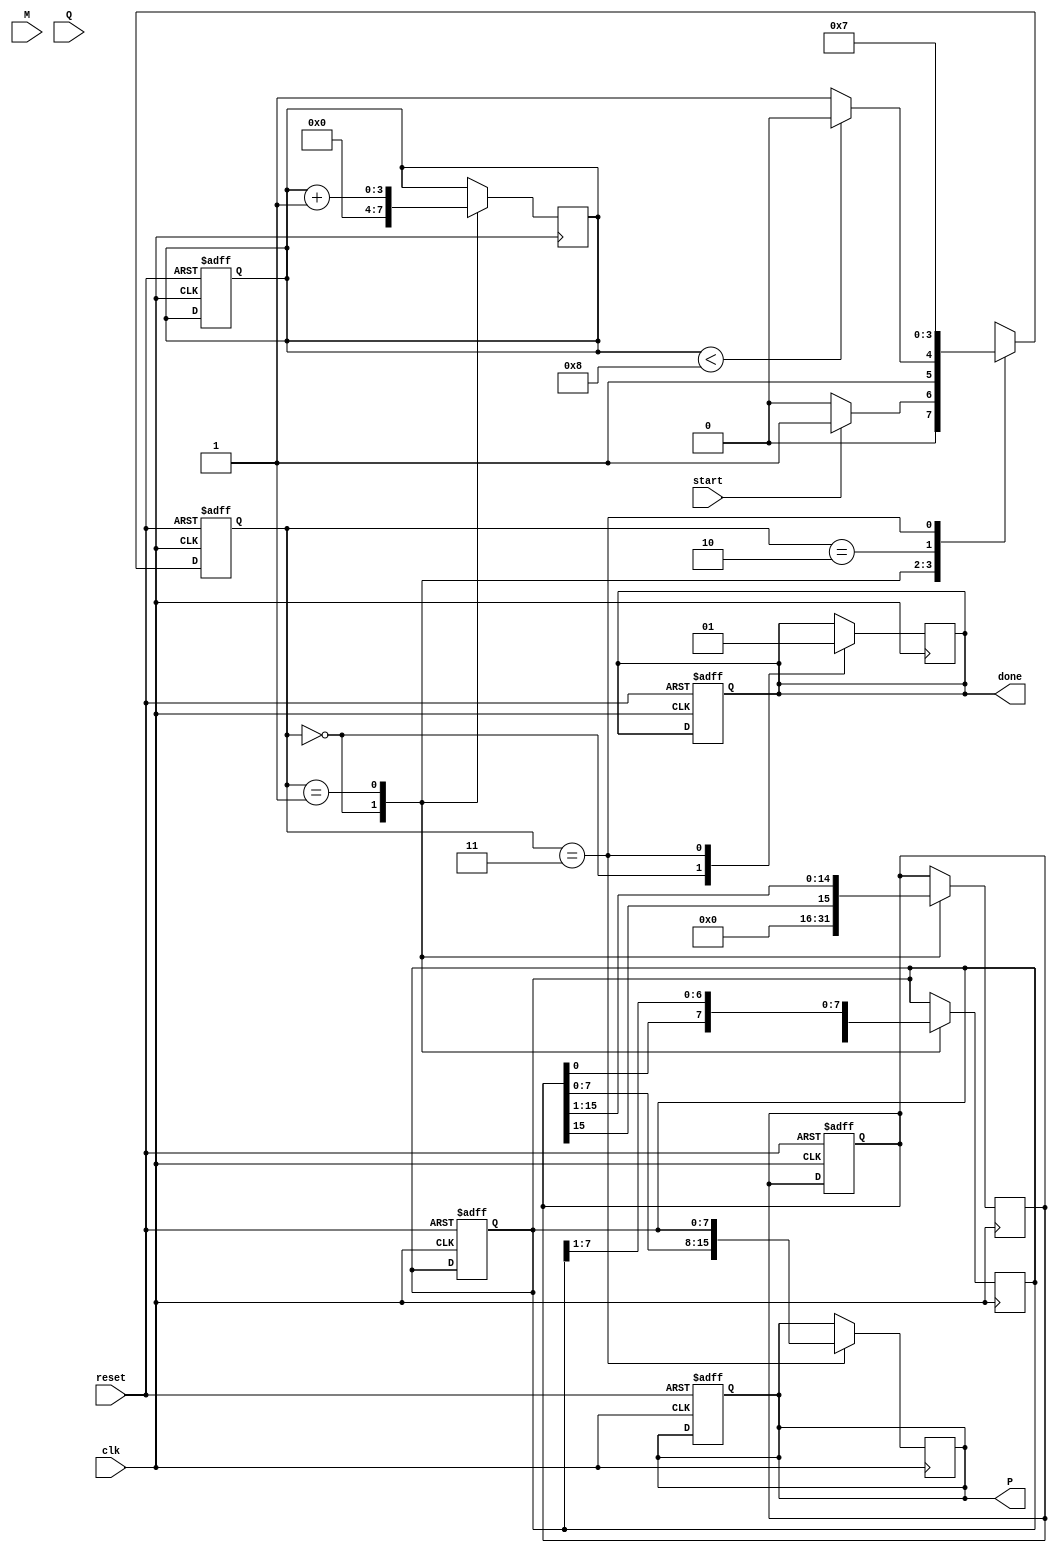
module booth_multiplier #(parameter N = 8) (
    input wire [N-1:0] M,        // Multiplicand
    input wire [N-1:0] Q,        // Multiplier
    input wire start,            // Start signal
    input wire clk,              // Clock signal
    input wire reset,            // Reset signal
    output reg [2*N-1:0] P,      // Product
    output reg done              // Done signal
);

    reg [N-1:0] Q_reg;           // Multiplier register
    reg [N-1:0] M_reg;           // Multiplicand register
    reg [2*N-1:0] A;             // Accumulator
    reg Q_1;                     // Previous bit of Q
    reg [3:0] count;             // Iteration counter

    // State definitions
    localparam IDLE = 2'b00,
               EXECUTE = 2'b01,
               SHIFT = 2'b10,
               DONE = 2'b11;

    reg [1:0] state, next_state;

    // State machine for control logic
    always @(posedge clk or posedge reset) begin
        if (reset) begin
            state <= IDLE;
            P <= 0;
            done <= 0;
            count <= 0;
            A <= 0;
            Q_reg <= 0;
            M_reg <= 0;
            Q_1 <= 0;
        end else begin
            state <= next_state;
        end
    end

    // Next state logic
    always @(*) begin
        case (state)
            IDLE: begin
                if (start) begin
                    next_state = EXECUTE;
                end else begin
                    next_state = IDLE;
                end
            end
            EXECUTE: begin
                if (count < N) begin
                    next_state = SHIFT;
                end else begin
                    next_state = DONE;
                end
            end
            SHIFT: begin
                next_state = EXECUTE;
            end
            DONE: begin
                next_state = DONE;
            end
            default: next_state = IDLE;
        endcase
    end

    // Main operation logic
    always @(posedge clk) begin
        case (state)
            IDLE: begin
                // Initialize registers
                A <= 0;
                Q_reg <= Q;
                M_reg <= M;
                Q_1 <= 0;
                count <= 0;
                done <= 0;
            end
            EXECUTE: begin
                // Perform Booth's algorithm
                case ({Q_reg[0], Q_1})
                    2'b01: A <= A + {M_reg, {N{1'b0}}}; // Add M to A
                    2'b10: A <= A - {M_reg, {N{1'b0}}}; // Subtract M from A
                    default: ; // No operation
                endcase
                Q_1 <= Q_reg[0]; // Update Q_1
                Q_reg <= {A[0], Q_reg[N-1:1]}; // Shift Q
                A <= {A[2*N-1], A[2*N-1:1]}; // Arithmetic shift A
                count <= count + 1; // Increment count
            end
            SHIFT: begin
                // Shift operation is handled in EXECUTE
            end
            DONE: begin
                P <= {A[N-1:0], Q_reg}; // Combine A and Q for final product
                done <= 1; // Set done signal
            end
        endcase
    end
endmodule